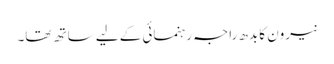
نیرون کا بدھ راجہ رہنمائی کے لیے ساتھ تھا۔